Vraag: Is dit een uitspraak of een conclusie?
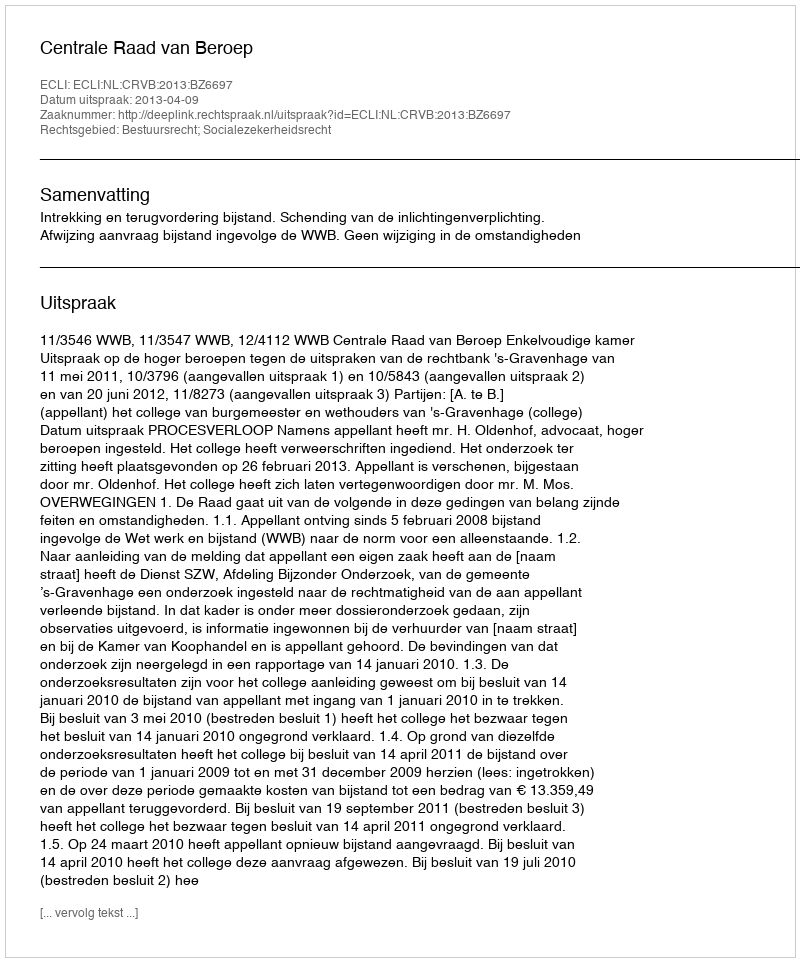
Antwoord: Uitspraak